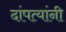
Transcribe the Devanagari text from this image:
दांपत्यांनी